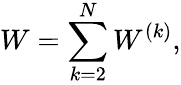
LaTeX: W=\sum_{k=2}^{N}W^{(k)},